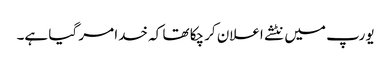
یورپ میں نٹشے اعلان کرچکا تھا کہ خدا مر گیا ہے۔